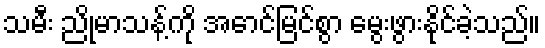
သမီး ညိုမာသန့်ကို အောင်မြင်စွာ မွေးဖွားနိုင်ခဲ့သည်။